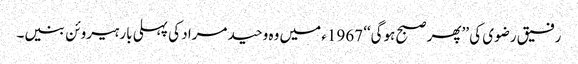
رفیق رضوی کی ’’پھر صبح ہوگی‘‘ 1967ء میں وہ وحید مراد کی پہلی بار ہیروئن بنیں۔